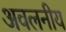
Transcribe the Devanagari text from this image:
अवलनीय